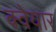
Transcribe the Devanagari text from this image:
क्वेयार